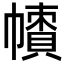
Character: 𢅙